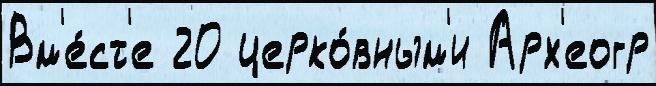
Вм'е́ст'е 20 церко́вным'и Арх'еогр